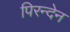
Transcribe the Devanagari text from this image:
पिरन्देन